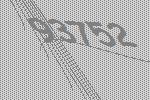
93752